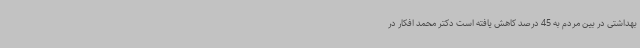
بهداشتی در بین مردم به 45 درصد کاهش یافته است دکتر محمد افکار در